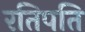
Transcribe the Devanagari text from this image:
रतिपति